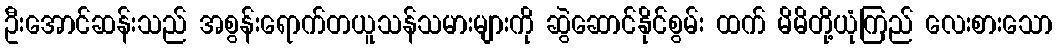
ဦးအောင်ဆန်းသည် အစွန်းရောက်တယူသန်သမားများကို ဆွဲဆောင်နိုင်စွမ်း ထက် မိမိတို့ယုံကြည် လေးစားသော